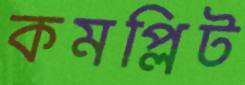
কমপ্লিট